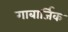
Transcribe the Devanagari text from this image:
गाबार्जिक